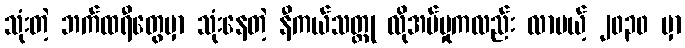
သုံးတဲ့ ဘက်ထရီတွေမှာ သုံးနေတဲ့ နီကယ်သတ္တု လိုအပ်မှုကလည်း လာမယ့် ၂၀၃၀ မှာ